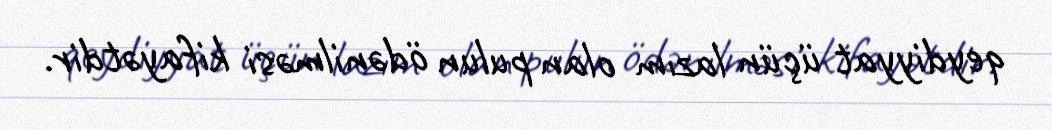
qeydiyyat üçün lazım olan pulun ödənilməsi kifayətdir.